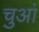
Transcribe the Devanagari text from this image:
चुआं